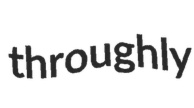
throughly